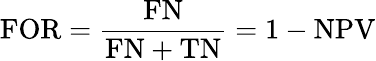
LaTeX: \mathrm{FOR}={\frac{\mathrm{FN}}{\mathrm{FN}+\mathrm{TN}}}=1-\mathrm{NPV}